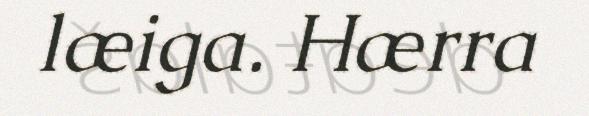
læiga. Hærra